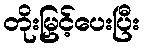
တိုးမြှင့်ပေးပြီး